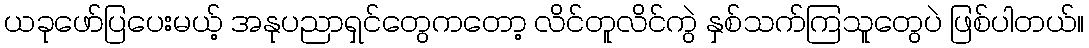
ယခုဖော်ပြပေးမယ့် အနုပညာရှင်တွေကတော့ လိင်တူလိင်ကွဲ နှစ်သက်ကြသူတွေပဲ ဖြစ်ပါတယ်။